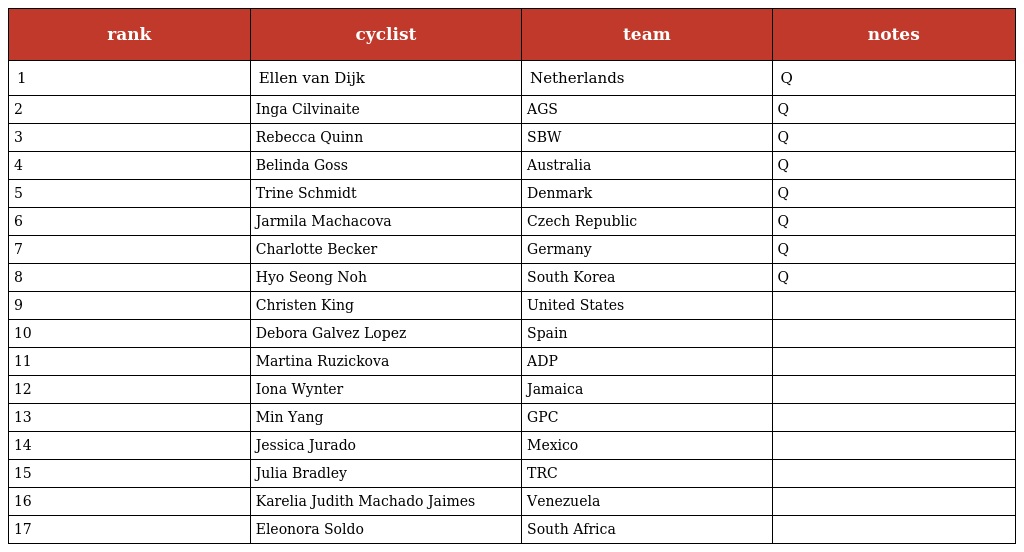
| rank | cyclist | team | notes |
 | --- | --- | --- | --- |
 | 1 | Ellen van Dijk | Netherlands | Q |
 | 2 | Inga Cilvinaite | AGS | Q |
 | 3 | Rebecca Quinn | SBW | Q |
 | 4 | Belinda Goss | Australia | Q |
 | 5 | Trine Schmidt | Denmark | Q |
 | 6 | Jarmila Machacova | Czech Republic | Q |
 | 7 | Charlotte Becker | Germany | Q |
 | 8 | Hyo Seong Noh | South Korea | Q |
 | 9 | Christen King | United States |  |
 | 10 | Debora Galvez Lopez | Spain |  |
 | 11 | Martina Ruzickova | ADP |  |
 | 12 | Iona Wynter | Jamaica |  |
 | 13 | Min Yang | GPC |  |
 | 14 | Jessica Jurado | Mexico |  |
 | 15 | Julia Bradley | TRC |  |
 | 16 | Karelia Judith Machado Jaimes | Venezuela |  |
 | 17 | Eleonora Soldo | South Africa |  |